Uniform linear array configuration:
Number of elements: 48
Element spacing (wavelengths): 0.25
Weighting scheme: exponential
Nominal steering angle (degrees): -15
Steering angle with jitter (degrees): -13.943
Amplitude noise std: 0.05
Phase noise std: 0.05

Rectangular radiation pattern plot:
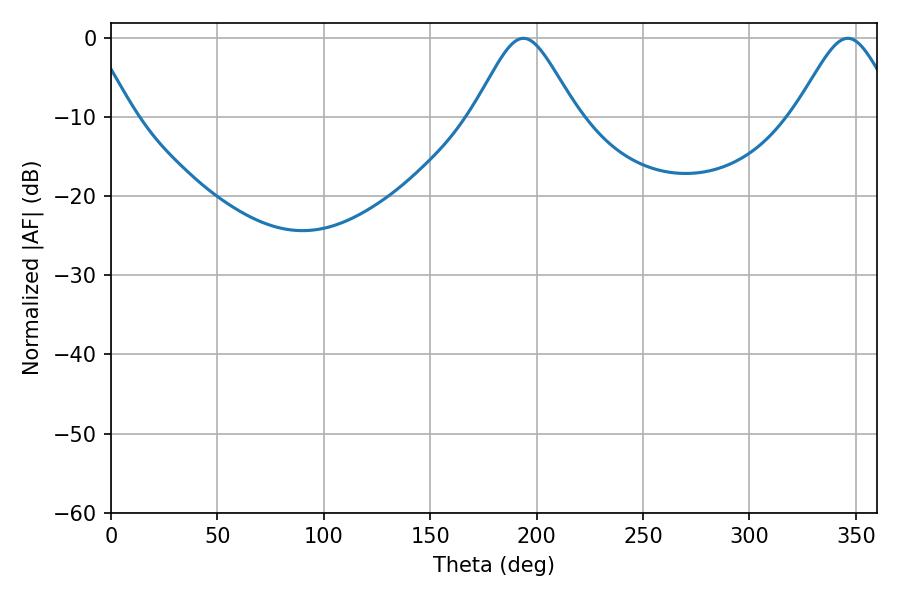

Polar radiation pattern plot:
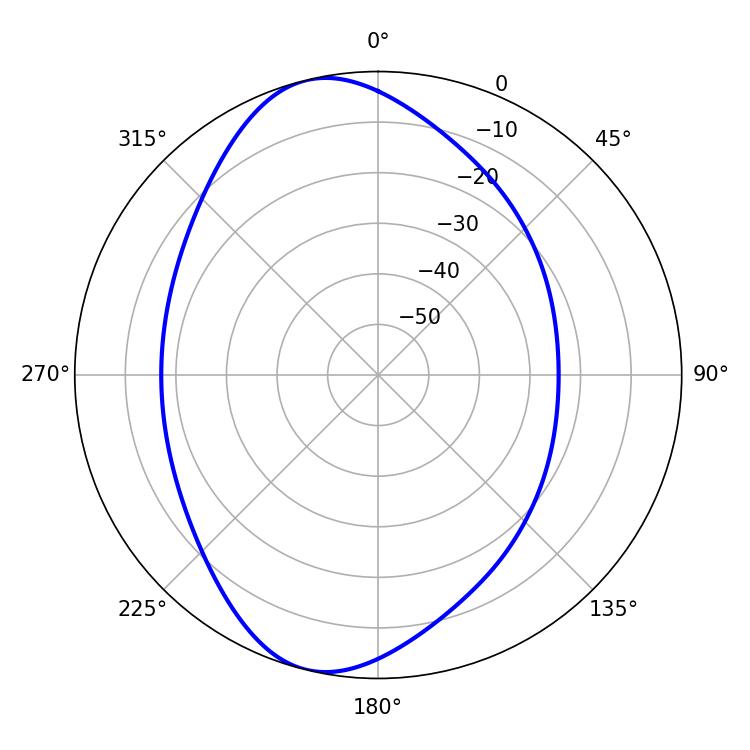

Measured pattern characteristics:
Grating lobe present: FALSE
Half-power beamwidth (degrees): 23.76
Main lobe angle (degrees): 193.86